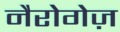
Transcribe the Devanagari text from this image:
नैरोगेज़